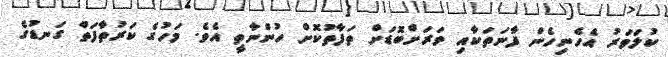
ކުލަވަރު އެހެނިހެން ފާނަތަކާއި ވަރަށްބޮޑަށް ތަފާތުކޮށް ހުންނާތީ އެވެ. މަހުގެ ކަރުތާފަތް ގަނޑުގެ